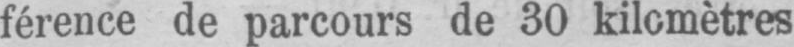
férence de parcours de 30 kilomètres